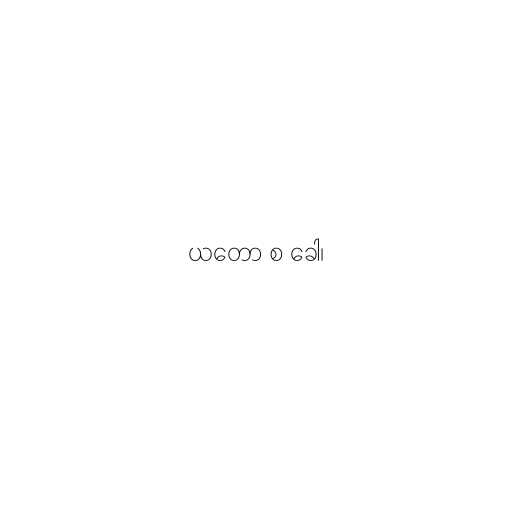
ယတော စ ခေါ၊